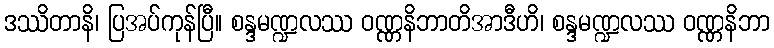
ဒဿိတာနိ၊ ပြအပ်ကုန်ပြီ။ စန္ဒမဏ္ဍလဿ ဝဏ္ဏနိဘာတိအာဒီဟိ၊ စန္ဒမဏ္ဍလဿ ဝဏ္ဏနိဘာ